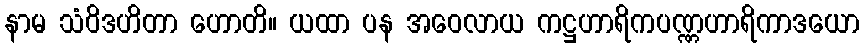
နာမ သံဝိဒဟိတာ ဟောတိ။ ယထာ ပန အဝေလာယ ကဋ္ဌဟာရိကပဏ္ဏဟာရိကာဒယော